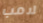
لامب